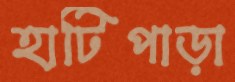
হাটিপাড়া